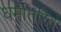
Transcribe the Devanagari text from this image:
धर्मातरित